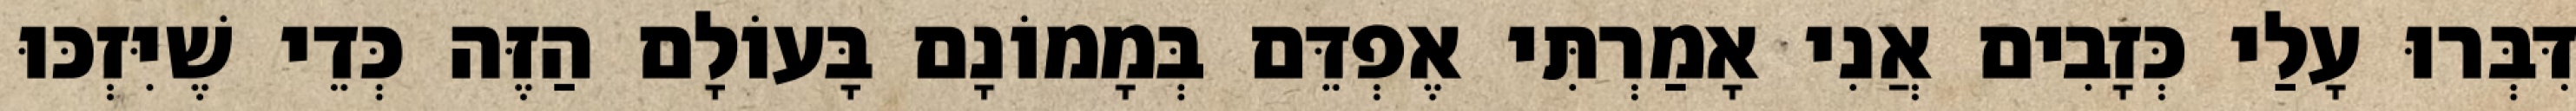
דִּבְּרוּ עָלַי כְּזָבִים אֲנִי אָמַרְתִּי אֶפְדֵּם בְּמָמוֹנָם בָּעוֹלָם הַזֶּה כְּדֵי שֶׁיִּזְכּוּ